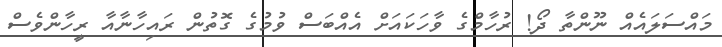
މައްސަަލައެއް ނޫންތާ ދޯ! ރުހާމްގެ ވާހަކައަށް އެއްބަސް ވުމުގެ ގޮތުން ރައިހާނާއާ ރީހާންވެސް